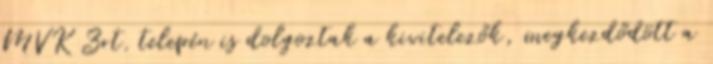
MVK Zrt. telepén is dolgoztak a kivitelezők, megkezdődött a